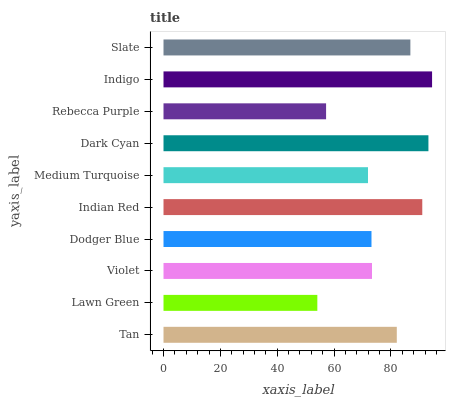
| yaxis_label | bars |
 | --- | --- |
 | Tan | 82 |
 | Lawn Green | 54.1 |
 | Violet | 73.3 |
 | Dodger Blue | 73.1 |
 | Indian Red | 91 |
 | Medium Turquoise | 71.9 |
 | Dark Cyan | 93.2 |
 | Rebecca Purple | 57.2 |
 | Indigo | 94.4 |
 | Slate | 86.8 |